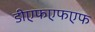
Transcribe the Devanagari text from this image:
डीएफएफएफ